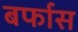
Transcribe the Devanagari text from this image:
बर्फास